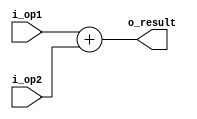
module adder(i_op1, i_op2, o_result);
parameter DATA_WIDTH = 32;

input  [DATA_WIDTH-1:0] 	i_op1, i_op2;
output [DATA_WIDTH-1:0] 	o_result;

assign o_result = i_op1 + i_op2;
  
endmodule